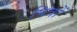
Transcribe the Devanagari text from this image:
पित्रों